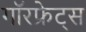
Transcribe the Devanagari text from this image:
गॉरफ्रेट्स